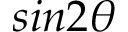
s i n 2 \theta